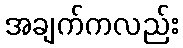
အချက်ကလည်း